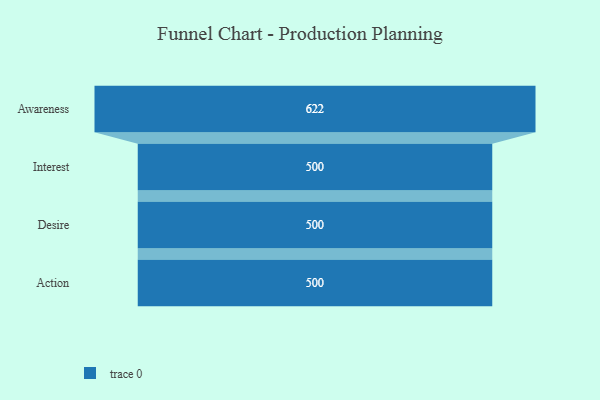
{"axis": {"x": "Stage", "y": "Value"}, "legend": [""], "data": [{"x": "Awareness", "y": 622.0, "type": ""}, {"x": "Interest", "y": 500, "type": ""}, {"x": "Desire", "y": 500, "type": ""}, {"x": "Action", "y": 500, "type": ""}]}